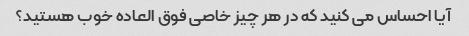
آیا احساس می کنید که در هر چیز خاصی فوق العاده خوب هستید؟